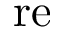
\mathrm { r e }